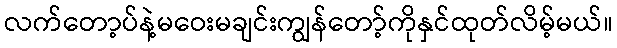
လက်တော့ပ်နဲ့မဝေးမချင်းကျွန်တော့်ကိုနှင်ထုတ်လိမ့်မယ်။